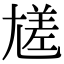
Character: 㞉